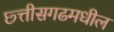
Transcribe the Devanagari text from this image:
छ्त्तीसगढमधील